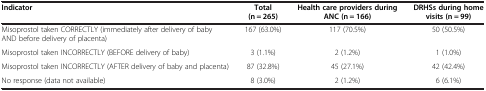
<table><thead><tr><td><b>Indicator</b></td><td><b>Total (n = 265)</b></td><td><b>Health care providers during ANC (n = 166)</b></td><td><b>DRHSs during home visits (n = 99)</b></td></tr></thead><tbody><tr><td>Misoprostol taken CORRECTLY (immediately after delivery of baby AND before delivery of placenta)</td><td>167 (63.0%)</td><td>117 (70.5%)</td><td>50 (50.5%)</td></tr><tr><td>Misoprostol taken INCORRECTLY (BEFORE delivery of baby)</td><td>3 (1.1%)</td><td>2 (1.2%)</td><td>1 (1.0%)</td></tr><tr><td>Misoprostol taken INCORRECTLY (AFTER delivery of baby and placenta)</td><td>87 (32.8%)</td><td>45 (27.1%)</td><td>42 (42.4%)</td></tr><tr><td>No response (data not available)</td><td>8 (3.0%)</td><td>2 (1.2%)</td><td>6 (6.1%)</td></tr></tbody></table>